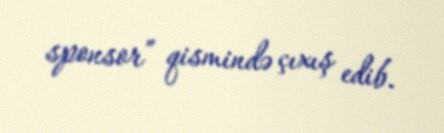
sponsor” qismində çıxış edib.